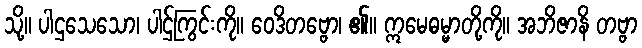
သို့။ ပါဌသေသော၊ ပါဌ်ကြွင်းကို။ ဝေဒိတဗ္ဗော၊ ၏။ ဣမေဓမ္မာတို့ကို။ အဘိဇာနိ တဗ္ဗာ